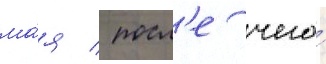
ма́я / посл'е чего́